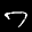
Label: 7